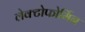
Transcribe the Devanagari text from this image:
लेक्टोफोर्मिन